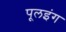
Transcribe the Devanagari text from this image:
पूलइंग